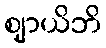
ဈာယိဘိ